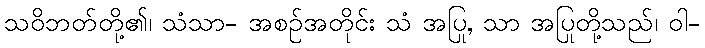
သဝိဘတ်တို့၏၊ သံသာ- အစဉ်အတိုင်း သံ အပြု, သာ အပြုတို့သည်၊ ဝါ-